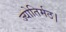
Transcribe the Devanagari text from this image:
ज्योतिर्मठ।